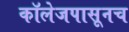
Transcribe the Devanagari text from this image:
कॉलेजपासूनच